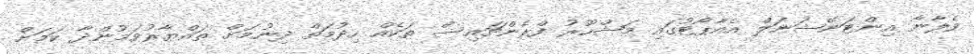
ވެލާނާ އިންޓަނޭޝަނަލް އެއާޕޯޓުގައި މަޝްހޫރު ފްރެންޗައިސް ތަކެއް ހިދުމަތް ދިނުމަށް ތައްޔާރުވަމުންދާ ކަމަށް